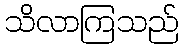
သိလာကြသည်